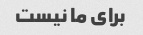
برای ما نیست